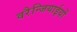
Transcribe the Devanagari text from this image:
वरैन्जियाईयों